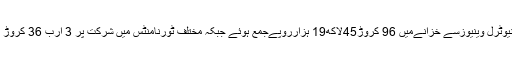
آڈٹ رپورٹ کے مطابق ہوم ،نیوٹرل وینیوزسے خزانےمیں 96 کروڑ45لاکھ19 ہزارروپےجمع ہوئے جبکہ مختلف ٹورنامنٹس میں شرکت پر 3 ارب 36 کروڑ 7 لاکھ 16 ہزارروپےکمائے۔